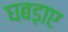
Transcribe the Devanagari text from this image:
घबड़ाए